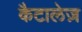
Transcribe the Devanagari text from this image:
कैटालेज़